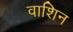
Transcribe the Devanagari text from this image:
वाशिन